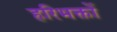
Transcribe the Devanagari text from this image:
हरिभक्तों